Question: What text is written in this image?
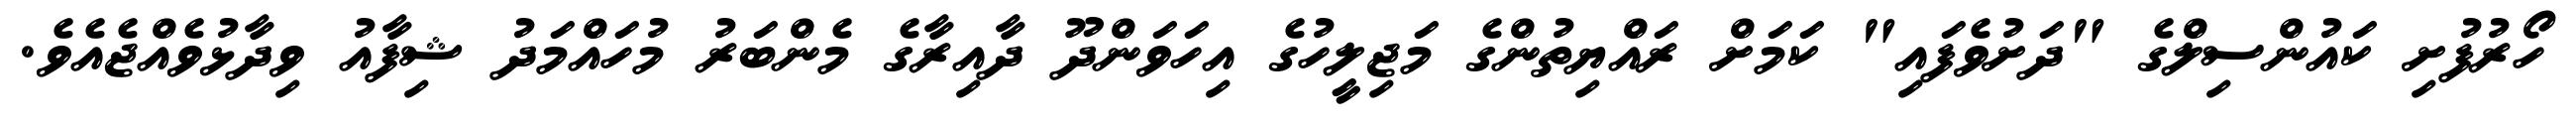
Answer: ހޯރުފުށި ކައުންސިލްގެ "ދަށުވެފައި" ކަމަށް ރައްޔިތުންގެ މަޖިލީހުގެ އިހަވަންދޫ ދާއިރާގެ މެންބަރު މުހައްމަދު ޝިފާއު ވިދާޅުވެއްޖެއެވެ.